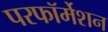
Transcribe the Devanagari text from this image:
परफॉर्मेशन